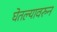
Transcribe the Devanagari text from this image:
घेतल्यावरुन